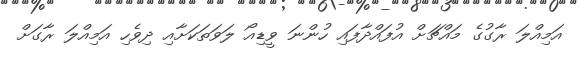
އަމިއްލަ ރާގުގެ މައްޗަށް އުފައްދާފައި ހުންނަ ވީޑިއޯ ލަވަތަކަށާއި ދިވެހި އަމިއްލަ ރާގަށް